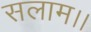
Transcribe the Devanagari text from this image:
सलाम।।